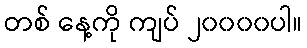
တစ် နေ့ကို ကျပ် ၂၀၀၀၀ပါ။